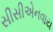
સીસીએનવાય